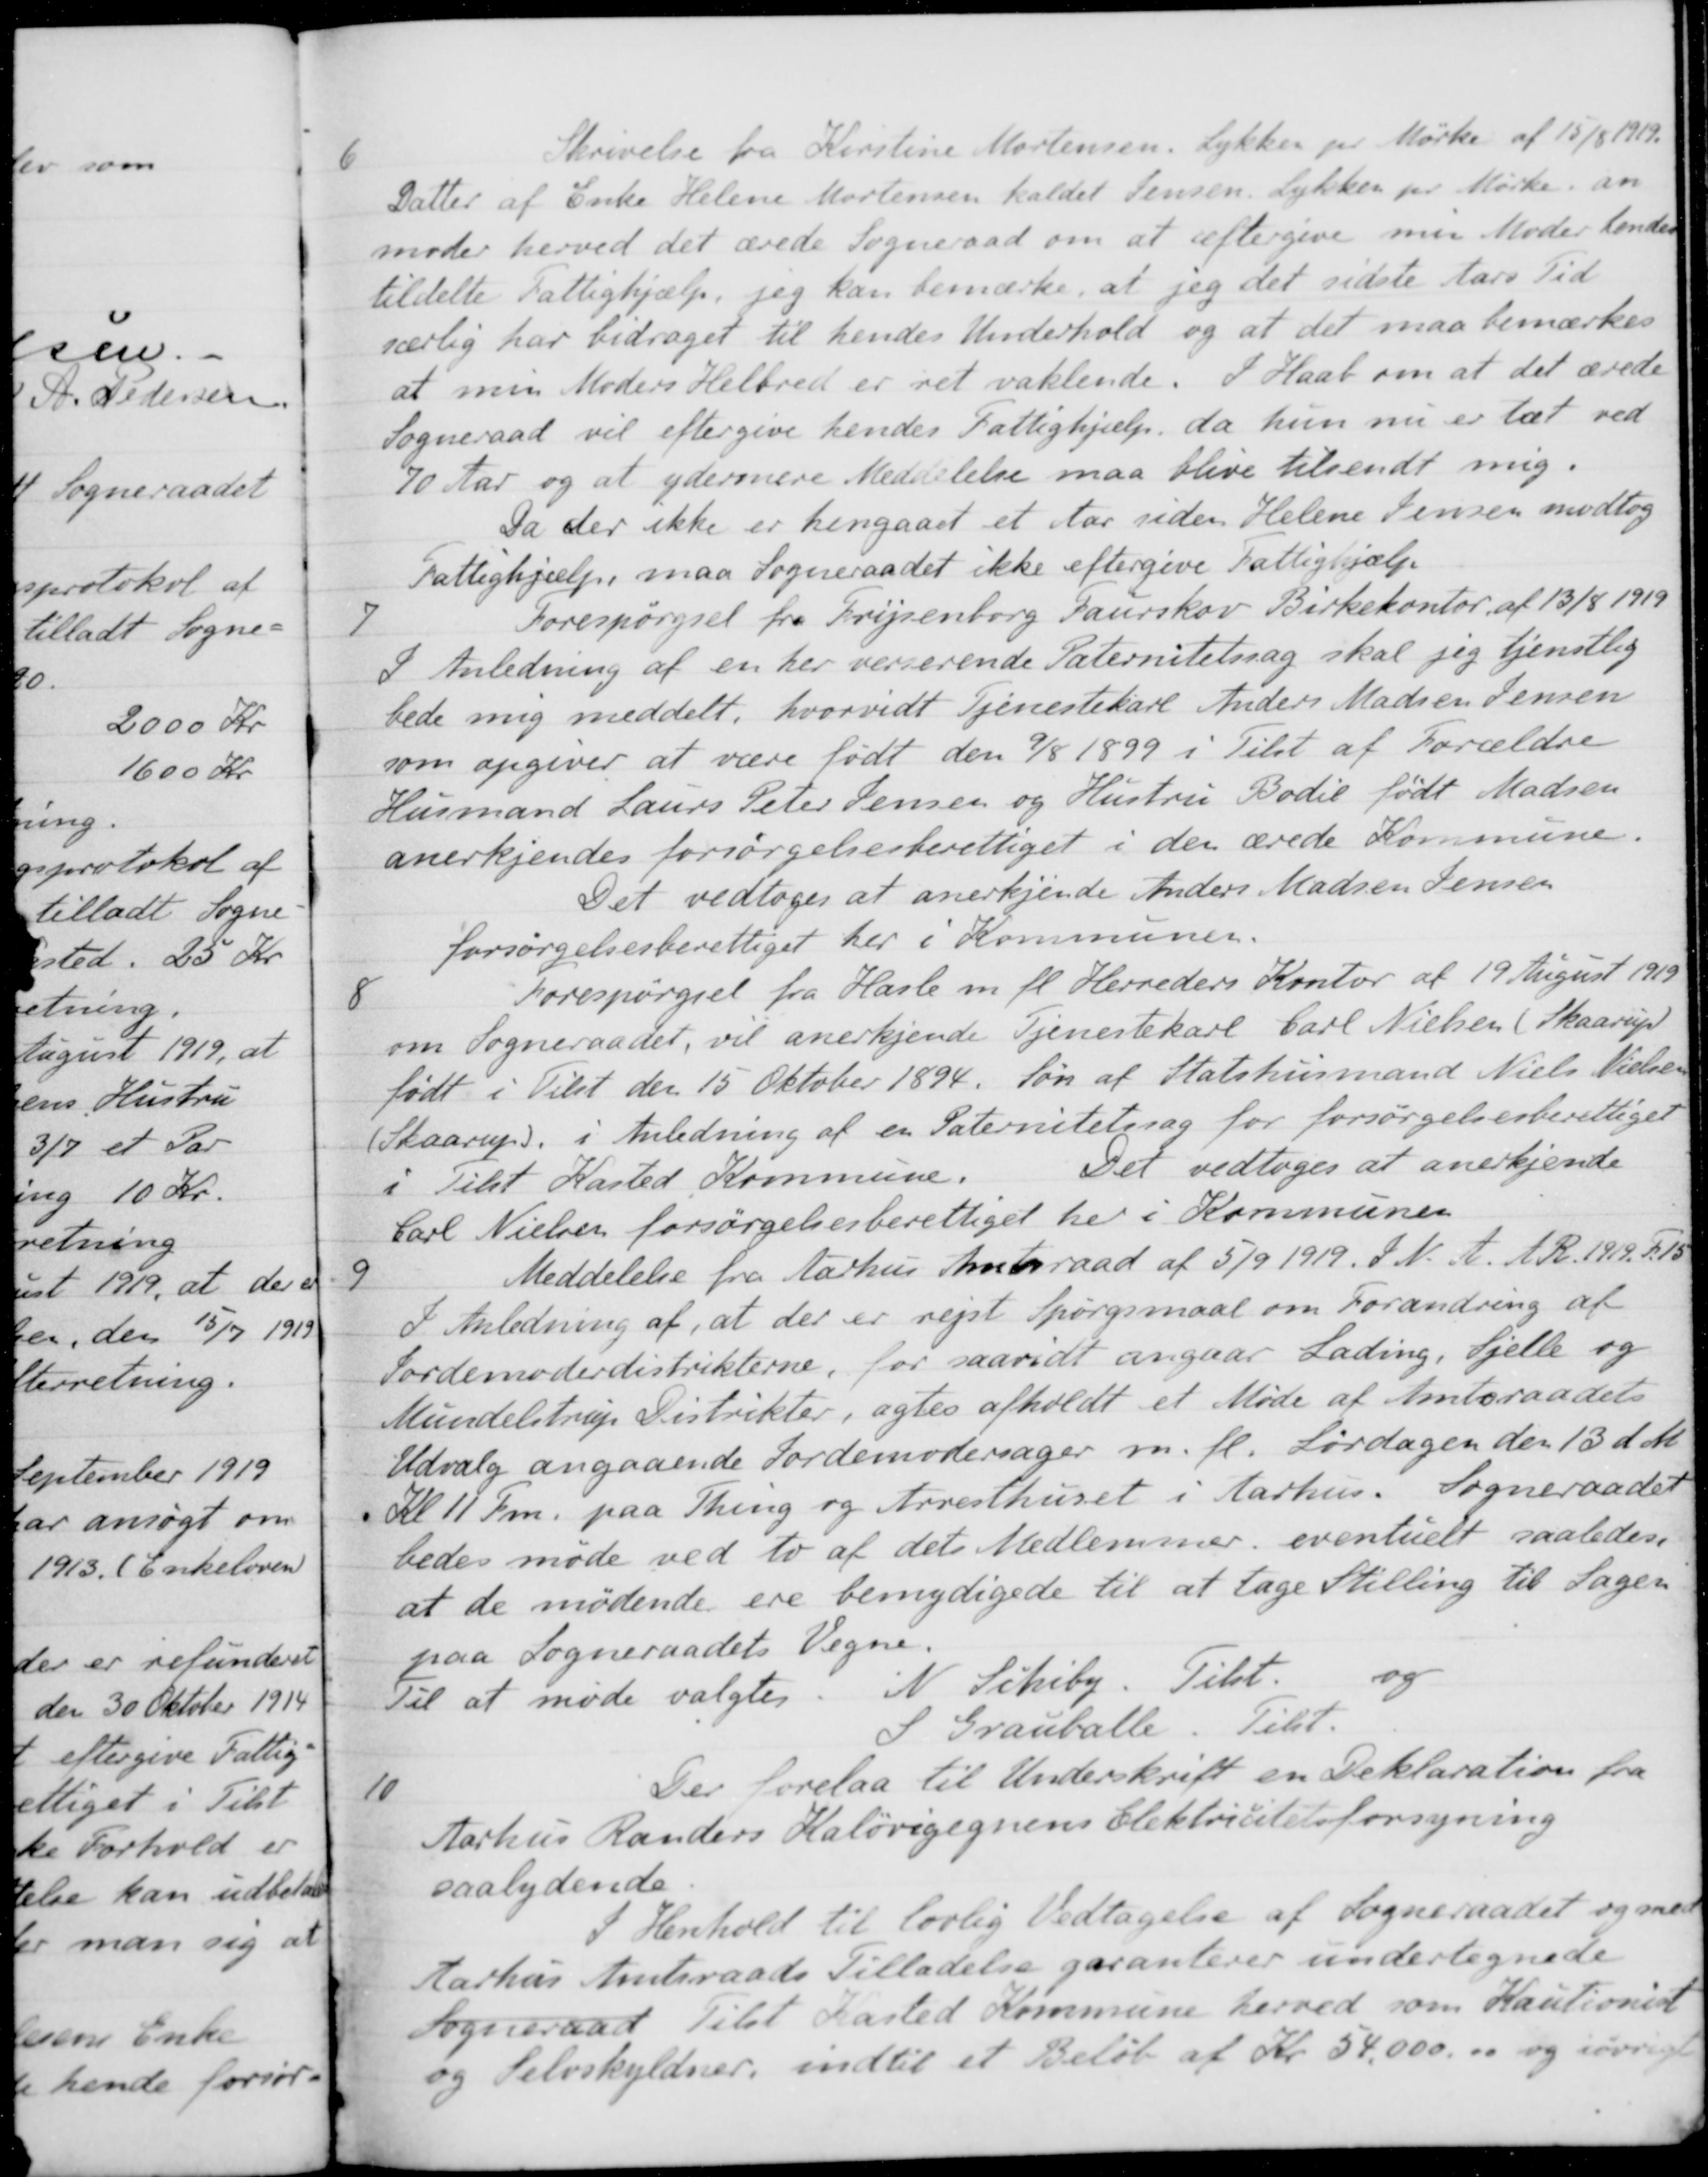
Transskription:
6
Skrivelse fra Kirstine Mortensen. Lykker pr Mørke af 15/8 1919.
Datter af Enke Helene Mortensen kaldet Jensen. Lykken pr. Mørke an
moder herved det ærede Sogneraad om at eftergive min Moder hendes
tildelte Fattighjælp, jeg kan bemærke, at jeg det sidste Aars Tid
særlig har bidraget til hendes Underhold og at det maa bemærkes
at min Moders Helbred er ret vaklende. I Haab om at det ærede
Sogneraad vil eftergive hendes Fattighjælp, da hun nu er tæt ved
70 Aar og at ydermere Meddelelse maa blive tilsendt mig.
Da der ikke er hengaaet et Aar siden Helene Jensen modtog
Fattighjælp, maa Sogneraadet ikke eftergive Fattighjælp.
7
Forespørgsel fra Frijsenborg Faurskov Birkekontor af 13/8 1919
I Anledning af en her verserende Paternitetssag skal jeg tjenstlig
bede mig meddelt, hvorvidt Tjenestekarl Anders Madsen Jensen
som opgiver at være født den 9/8 1899 i Tilst af Forældre
Husmand Laurs Peter Jensen og Hustru Bodil født Madsen
anerkjendes forsørgelsesberettiget i den ærede Kommune.
Det vedtoges at anerkjende Anders Madsen Jensen
forsørgelsesberettiget her i Kommunen.
8
Forespørgsel fra Hasle m. fl. Herreders Kontor af 19 August 1919
om Sogneraadet, vil anerkjende Tjenestekarl Carl Nielsen (Skaarup)
født i Tilst den 15 Oktober 1894. Søn af Statshusmand Niels Nielsen
(Skaarup), i Anledning af en Paternitetssag for forsørgelsesberettiget
i Tilst Kasted Kommune.
Det vedtoges at anerkjende
Carl Nielsen forsørgelsesberettiget her i Kommunen
9
Meddelelse fra Aarhus Amtsraad af 5/9 1919. S. N. A. A. R. 1919, F.15
I Anledning af, at der er rejst Spørgsmaal om Forandring af
Jordemoderdistrikterne, for saavidt angaar Lading, Sjelle og
Mundelstrup Distrikter, agtes afholdt et Møde af Amtsraadets
Udvalg angaaende Jordemodersager m. fl. Lørdagen den 13 d. M.
Kl 11 Fm. paa Thing og Arresthuset i Aarhus. Sogneraadet
bedes møde ved to af dets Medlemmer, eventuelt saaledes.
at de mødende ere bemydigede til at tage Stilling til Sagen
paa Sogneraadets Vegne.
Til at møde valgtes
og
og
S Grauballe. Tilst.
10
Der forelaa til Underskrift en Deklaration fra
Aarhus Randers Kaløvigegnens Elektricitetsforsyning
saalydende
I Henhold til lovlig Vedtagelse af Sogneraadet og med
Aarhus Amtsraads Tilladelse garanterer undertegnede
Sogneraad Tilst Kasted Kommune herved som Kautionist
og Selvskyldner, indtil et Beløb af Kr. 54,000. 00 og iøvrigt